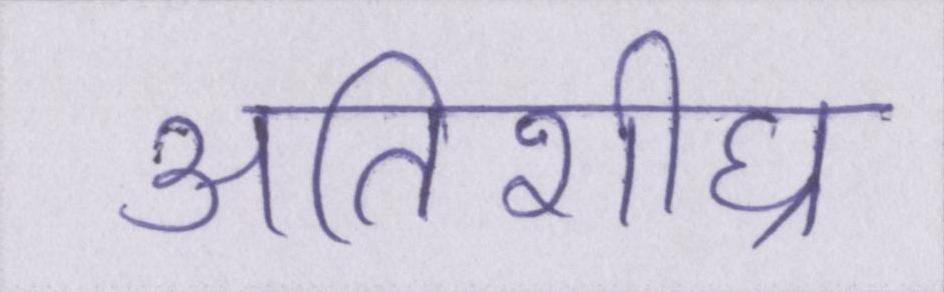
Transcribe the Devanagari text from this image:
अतिशीघ्र